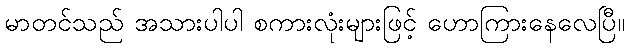
မာတင်သည် အသားပါပါ စကားလုံးများဖြင့် ဟောကြားနေလေပြီ။